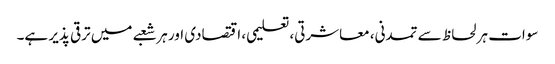
سوات ہر لحاظ سے تمدنی، معاشرتی، تعلیمی، اقتصادی اور ہر شعبے میں ترقی پذیر ہے۔